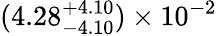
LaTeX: (4.28_{-4.10}^{+4.10})\times 10^{-2}